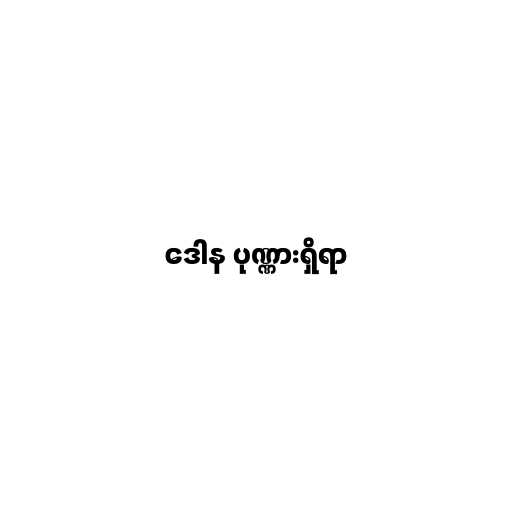
ဒေါန ပုဏ္ဏားရှိရာ